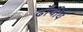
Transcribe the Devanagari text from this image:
ढाँचीय